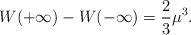
\begin{align*}W(+ \infty) - W(- \infty) = {2\over 3} \mu^3.\end{align*}